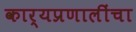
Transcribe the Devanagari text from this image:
कार्यप्रणालींचा